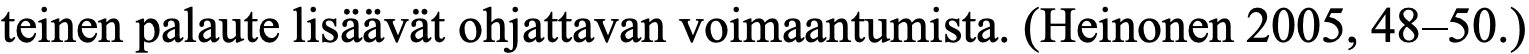
teinen palaute lisäävät ohjattavan voimaantumista. (Heinonen 2005, 48–50.)